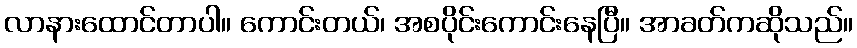
လာနားထောင်တာပါ။ ကောင်းတယ်၊ အစပိုင်းကောင်းနေပြီ။ အာခတ်ကဆိုသည်။